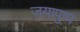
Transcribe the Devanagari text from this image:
जयापुष्प